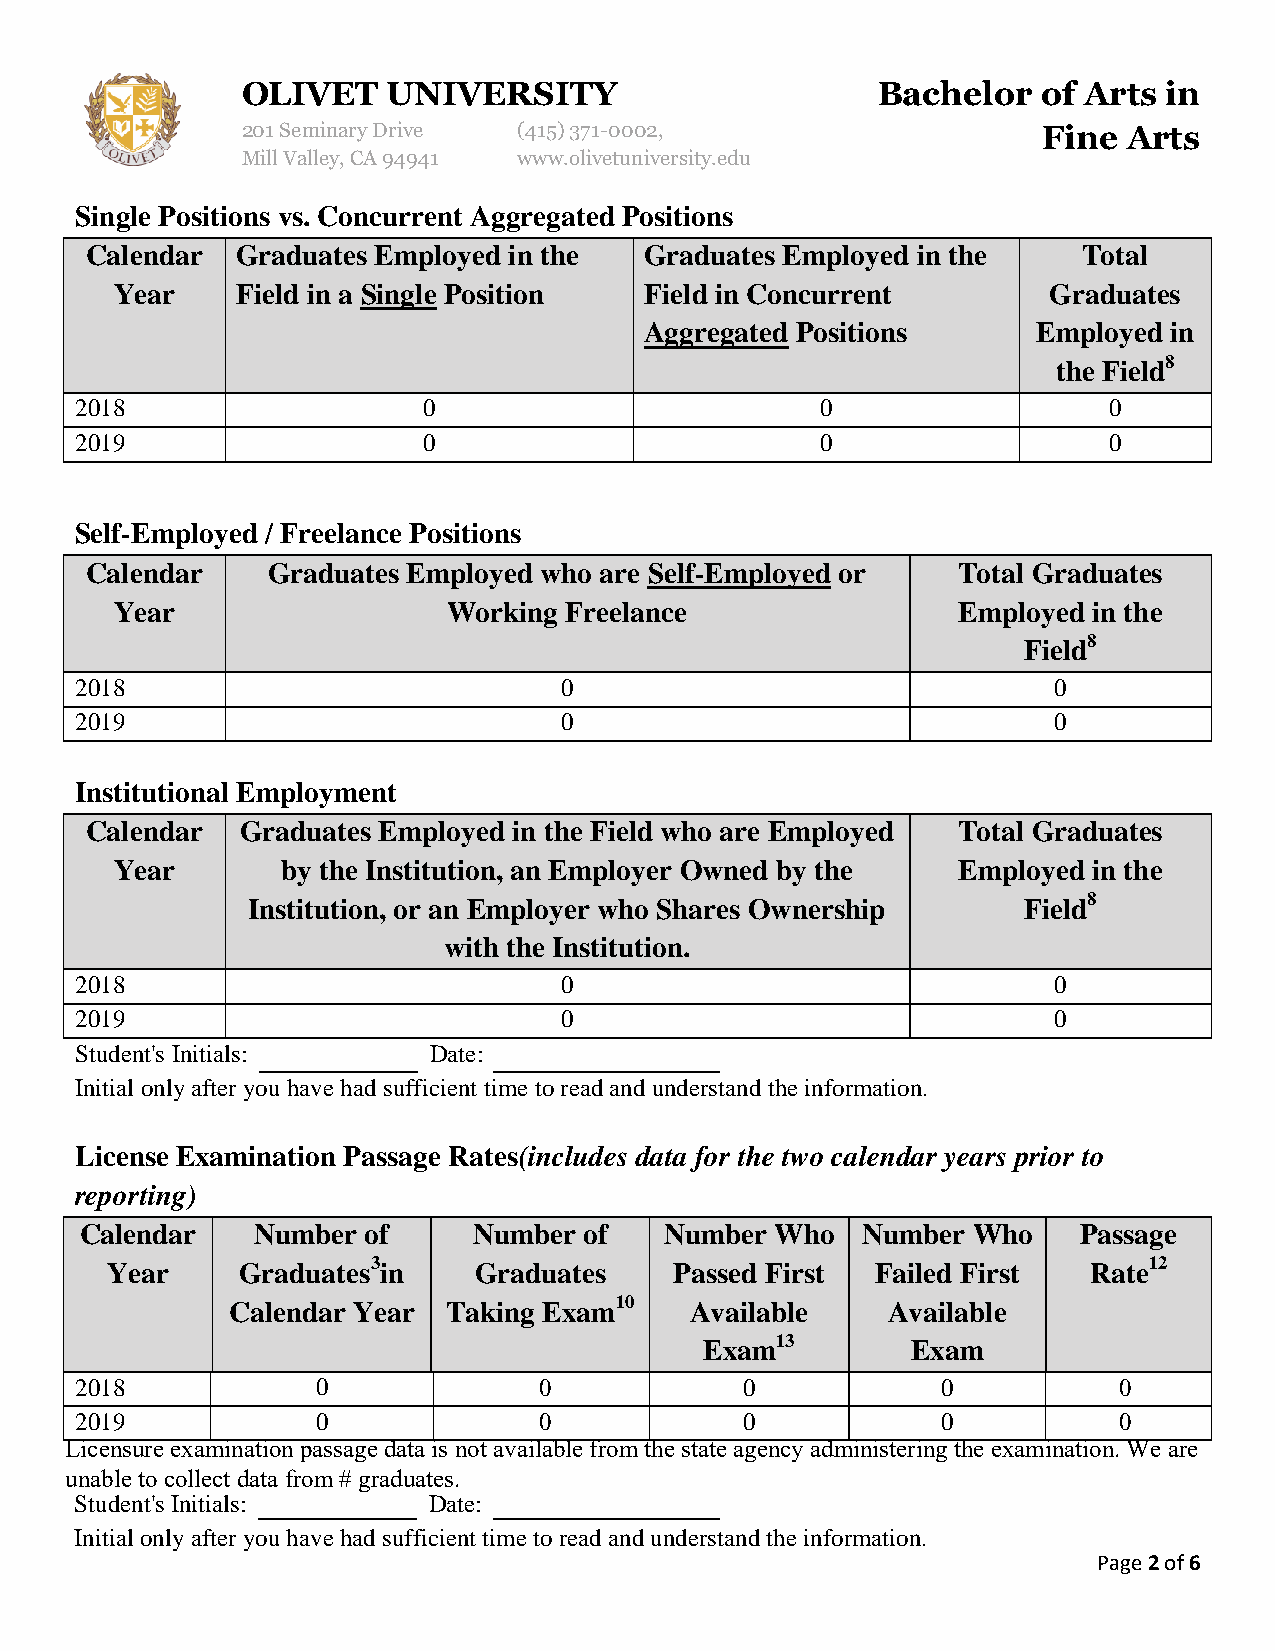
OLIVET    UNIVERSITY                      Bachelor   of Arts in
 201 Seminary Drive (415)371-0002,                    Fine  Arts
 Mill Valley, CA 94941 www.olivetuniversity.edu
 Single Positions vs. Concurrent Aggregated Positions
 Calendar  Graduates Employed in the  Graduates Employed in the    Total
 Year    Field in a Single Position Field in Concurrent       Graduates
 Aggregated Positions      Employed in
 the Field8
 2018                   0                         0                  0
 2019                   0                         0                  0
 Self-Employed / Freelance Positions
 Calendar    Graduates Employed who are Self-Employed or  Total Graduates
 Year                  Working Freelance                Employed in the
 Field8
 2018                            0                                0
 2019                            0                                0
 Institutional Employment
 Calendar  Graduates Employed in the Field who are Employed Total Graduates
 Year       by the Institution, an Employer Owned by the Employed in the
 Institution, or an Employer who Shares Ownership    Field8
 with the Institution.
 2018                            0                                0
 2019                            0                                0
 Student's Initials:    Date:
 Initial only after you have had sufficient time to read and understand the information.
 License Examination Passage Rates(includes data for the two calendar years prior to
 reporting)
 Calendar    Number of     Number  of   Number Who   Number Who     Passage
 Year     Graduates3in   Graduates     Passed First Failed First  Rate12
 Calendar Year  Taking Exam10   Available    Available
 Exam13       Exam
 2018            0              0            0            0           0
 2019            0              0            0            0           0
 Licensure examination passage data is not available from the state agency administering the examination. We are
 unable to collect data from # graduates.
 Student's Initials:    Date:
 Initial only after you have had sufficient time to read and understand the information.
 Page 2 of 6